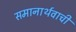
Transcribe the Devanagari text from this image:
समानार्थवाची